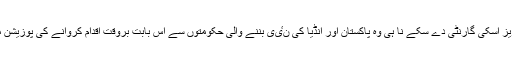
مگر انگریز اسکی گارنٹی دے سکے نا ہی وہ پاکستان اور انڈیا کی نٸی بننے والی حکومتوں سے اس بابت بروقت اقدام کروانے کی پوزیشن میں تھے۔